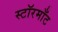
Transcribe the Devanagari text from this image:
स्टॉरमाँट